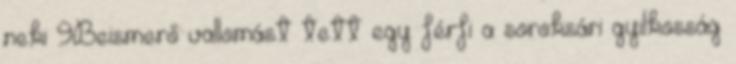
neki 9Beismerő vallomást tett egy férfi a soroksári gyilkosság